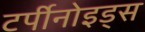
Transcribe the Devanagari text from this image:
टर्पीनोइड्स